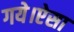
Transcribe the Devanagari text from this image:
गये।ऐसा